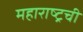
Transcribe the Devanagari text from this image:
महाराष्ट्रची